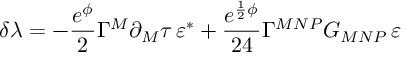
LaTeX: \delta \lambda = - \frac { e ^ { \phi } } { 2 } \Gamma ^ { M } \partial _ { M } \tau \, \varepsilon ^ { * } + \frac { e ^ { \frac { 1 } { 2 } \phi } } { 2 4 } \Gamma ^ { M N P } G _ { M N P } \, \varepsilon